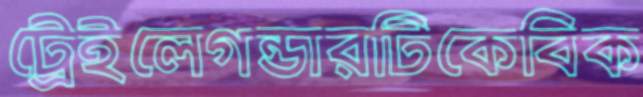
ট্রেইলেগন্ডারটিকেবিক